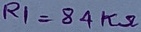
Text: R1=84KΩ